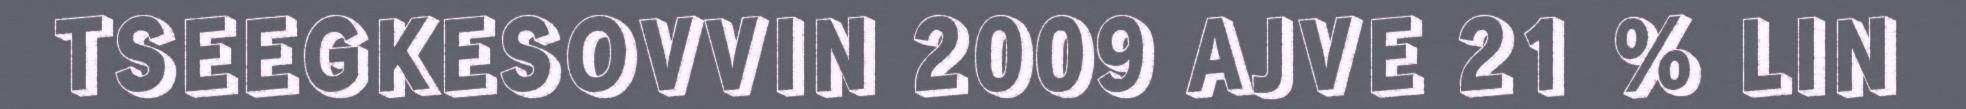
TSEEGKESOVVIN 2009 AJVE 21 % LIN